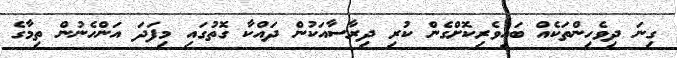
ގިނަ ދިވެހިންތަކެއް ބައިވެރިކޮށްގެން ކުރި ދިރާސާއަކުން ދައްކާ ގޮތުގައި މިފަދަ އަންހެނުން ތިމާގެ